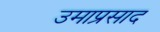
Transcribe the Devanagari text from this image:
उमाप्रसाद